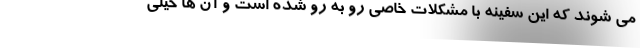
می شوند که این سفینه با مشکلات خاصی رو به رو شده است و آن ها خیلی